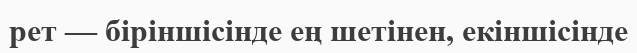
рет — біріншісінде ең шетінен, екіншісінде